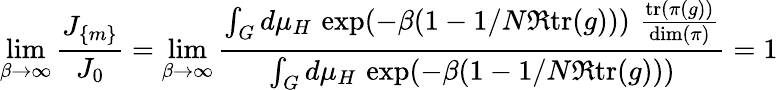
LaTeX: \operatorname*{lim}_{\beta\to\infty}\frac{J_{\{ m\} }}{J_{0}}=\operatorname*{lim}_{\beta\to\infty}\frac{\int_{G}d\mu_{H}\, \exp(-\beta(1-1/N\Re\mathrm{tr}(g)))\, \, \frac{\mathrm{tr}(\pi(g))}{\mathrm{dim}(\pi)}}{\int_{G}d\mu_{H}\, \exp(-\beta(1-1/N\Re\mathrm{tr}(g)))}=1